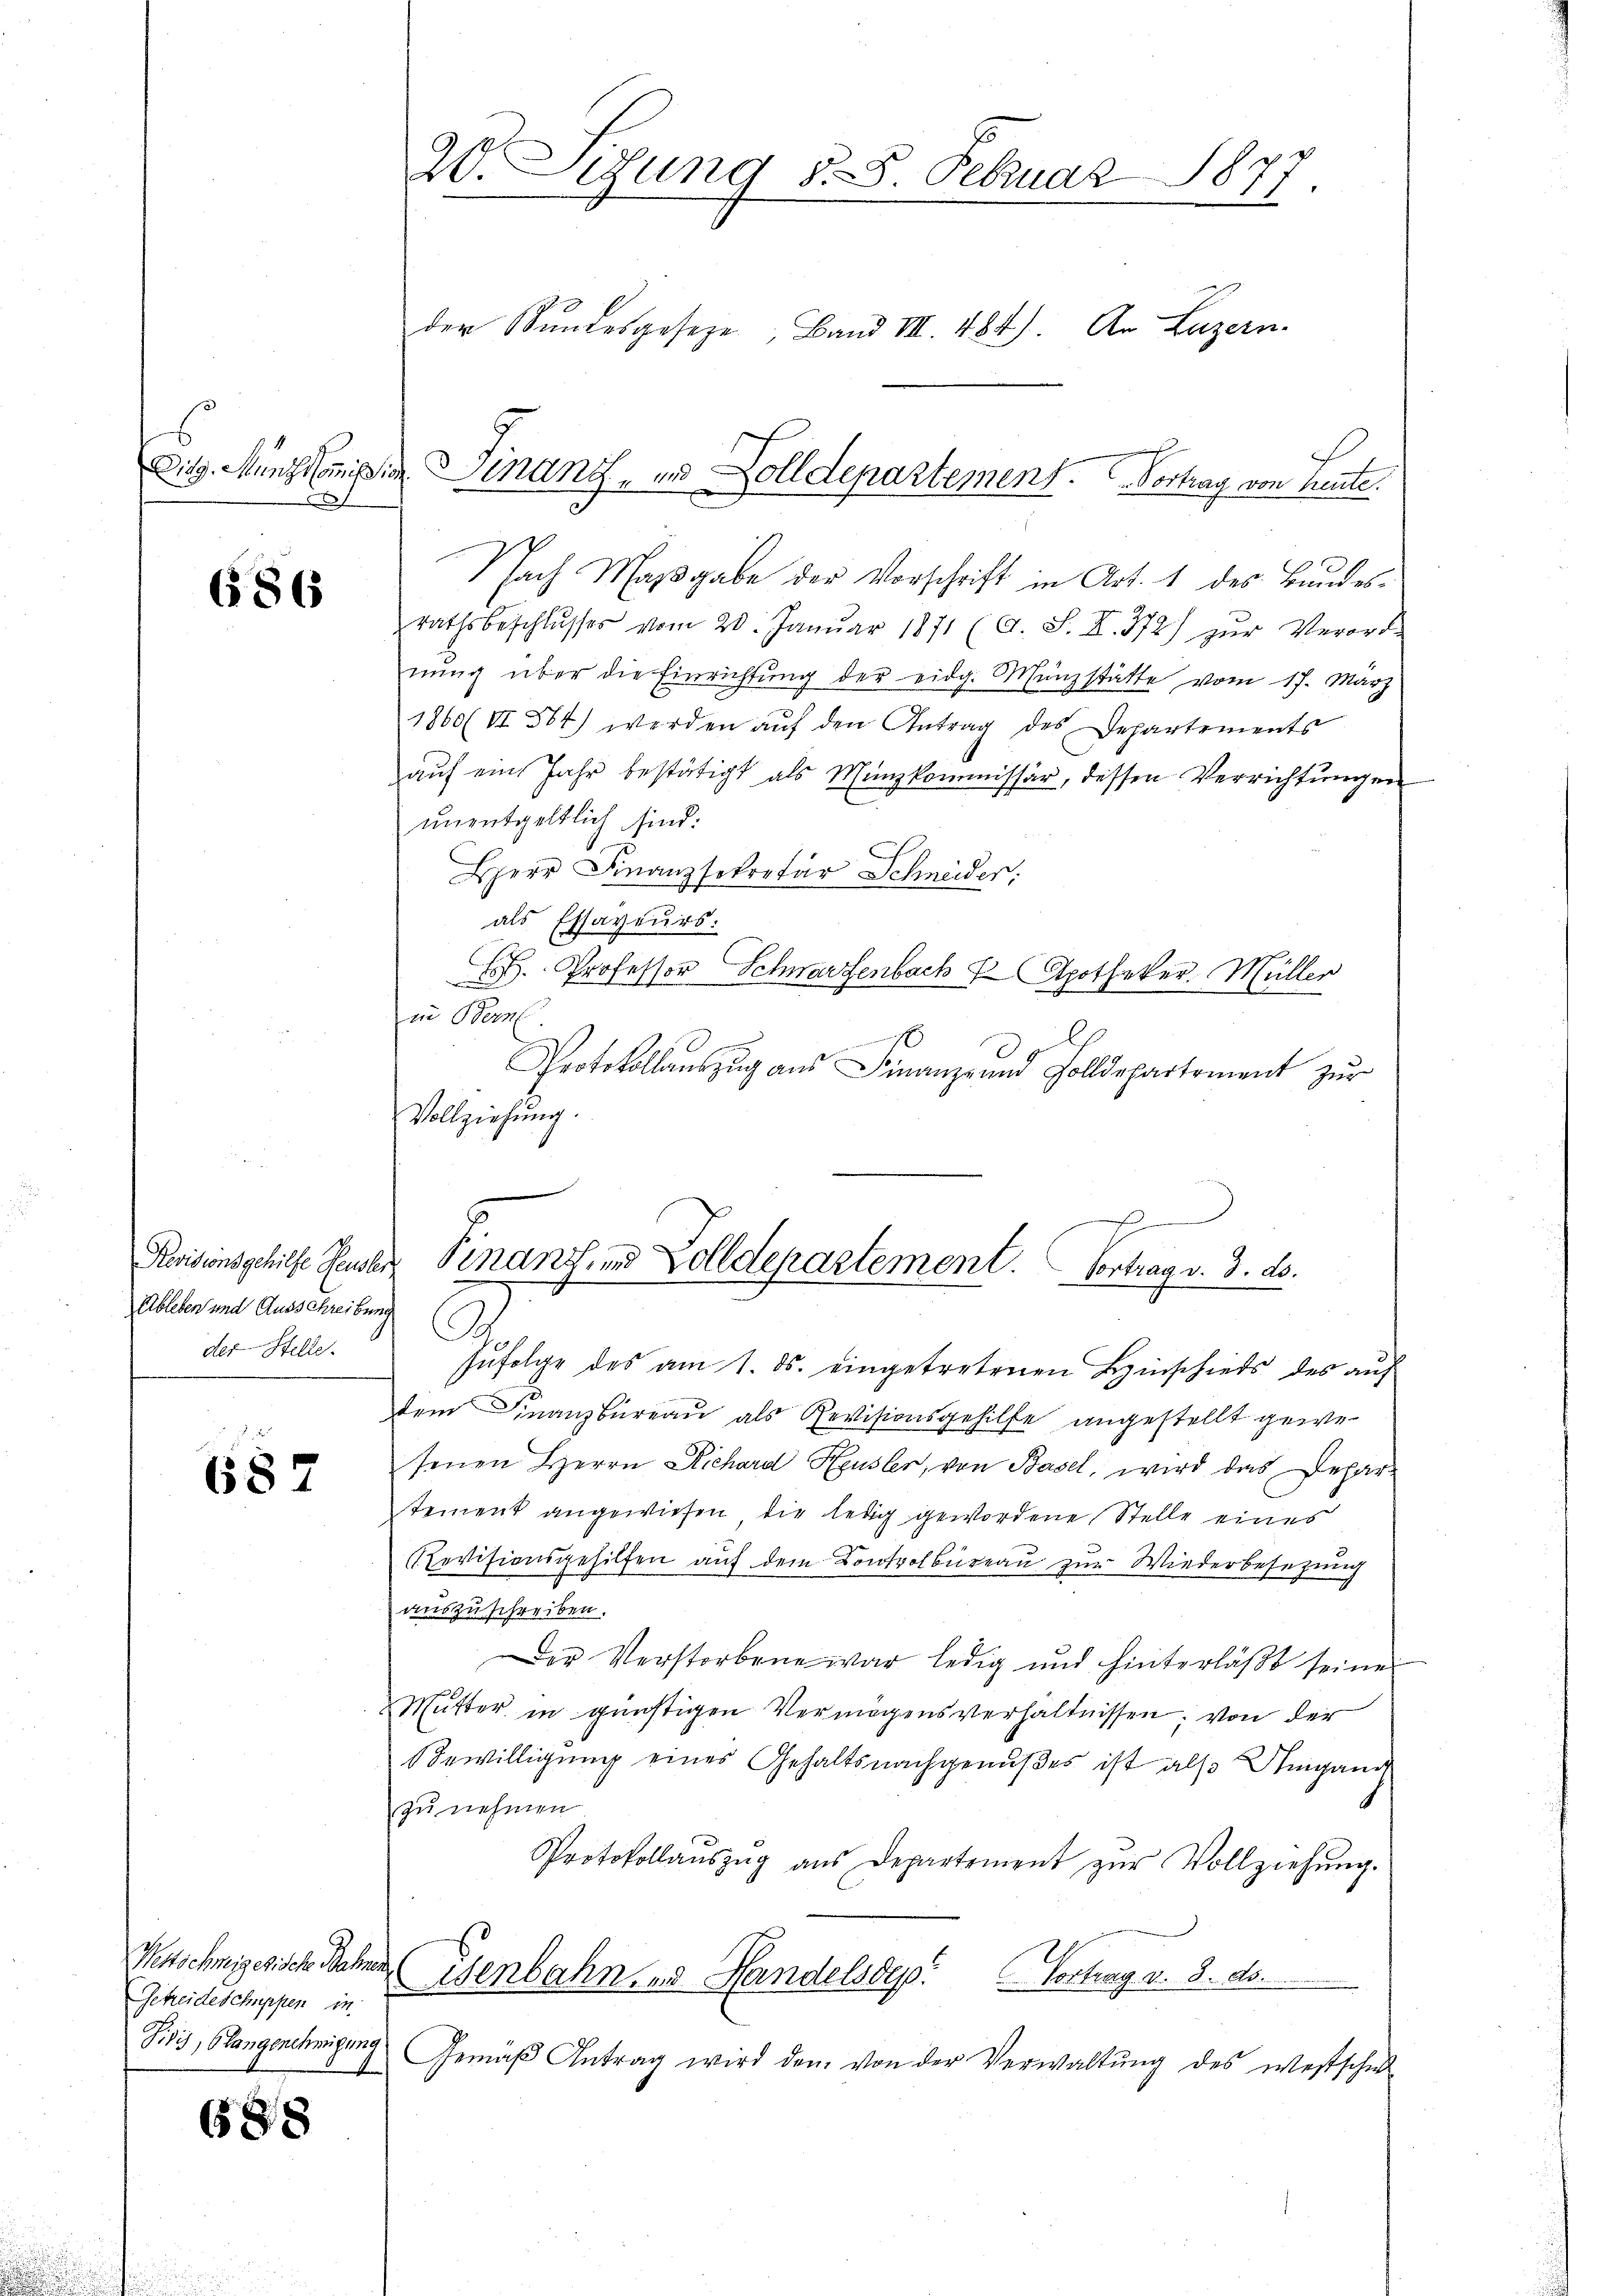
x

686

Revisionsgehilfe Persor
Ableben und Ausschreibung
der Helle.

687

Westschmesisch. Rechnen
Getreideschuppen in
Sity, Glangenehmigung.

688

Nach Massgabe der Vorschrift in Art. 1 des Bundesrathsbeschlŭsses vom 20. Janŭar 1871 (A. S. II. 372) zŭr Verord-
nŭng über die Einrichtung der eidg. Münzstätte vom 17. März
1860 (VI 564) werden aŭf den Antrag des Departements
aŭf ein Jahr bestätigt als Münzkommissär, dessen Verrichtungen
ŭnentgeltlich sind.
HHerr Finanzsekretär Schneider:
als Essaveurs:
 Professor Schwarzenbach Apotheker Müller
in Bern.
Protokollaŭszŭg aŭs Finanze und Zolldepartement zŭr
Vollziehung.

20. Sitzung §. 8. Febuar 1877.
der Stundesgesetze, Band III 484). An Luzern

Dig. Münstige Finanz- und Zolldepartement. Vortrag von heute.

h
Finanz- und Zolldepartement. Vortrag v. 3. ds.
.

zŭfolge des am 1. ds. eingetretenen Hinschieds des aŭf
dem Finanzbüreau als Revisionsgehilfe angestellt gewesenen Herrn Richard Heusler, von Basel, wird das Departement angewiesen die ledig gewordene Stelle eines
Revisionsgehilfen auf dem Controlbureau zur Wiederbesezung
auszuschreiben.
Der Verstorbene war ledig und hinterläßt seiner
Mutter in günstigen Vermögensverhältnissen, von der
Bewilligung eines Gehaltsnachgenußes ist als Umgang
zu nehmen
Protokollaŭszŭg aŭs Departement zŭr Vollziehŭng.
Esenbahn, und Handelsde! Vortrag v. 8. ds.
Gemäβ Antrag wird dem von der Verwaltŭng des westsche